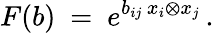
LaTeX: F(b)\ =\ e^{b_{ij}\, x_{i}\otimes x_{j}}\, .